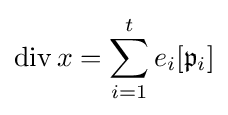
\operatorname {div} x=\sum _{i=1}^{t}e_{i}[{\mathfrak {p}}_{i}]